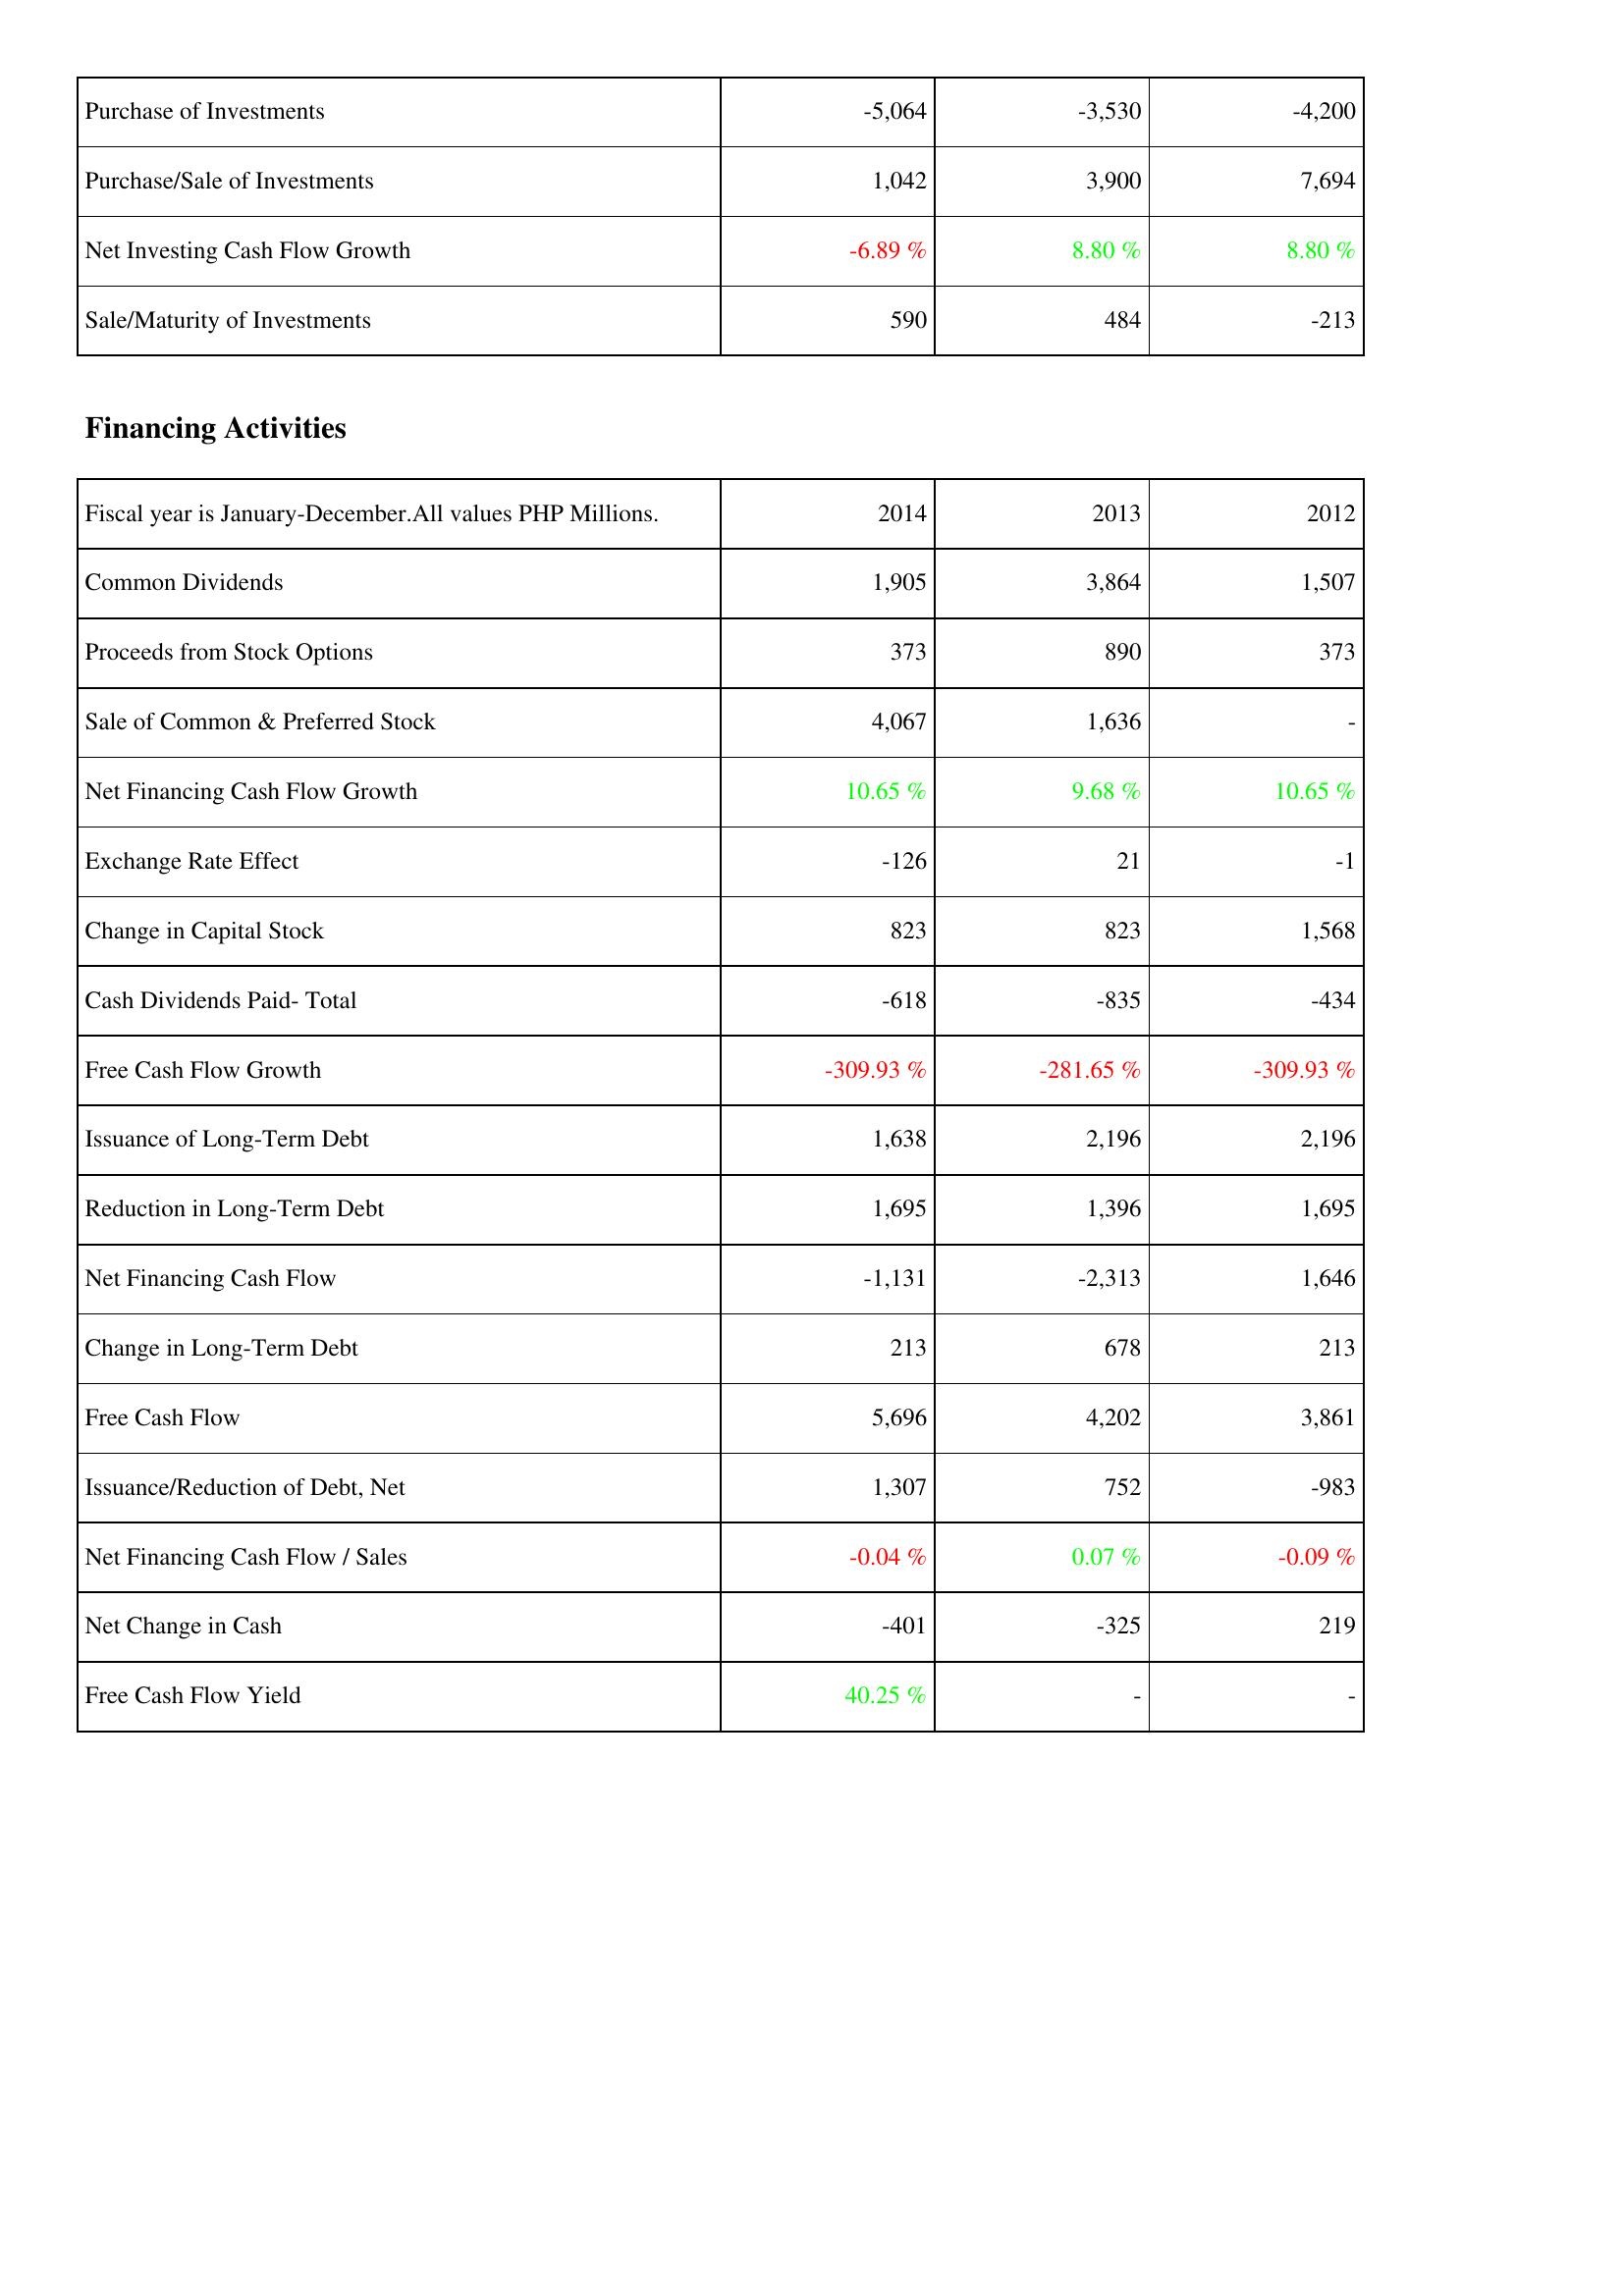
2014: Investing Activities: Purchase of Investments: -5,064
Purchase/Sale of Investments: 1,042
Net Investing Cash Flow Growth: -6.89 %
Sale/Maturity of Investments: 590
Financing Activities: Common Dividends: 1,905
Proceeds from Stock Options: 373
Sale of Common & Preferred Stock: 4,067
Net Financing Cash Flow Growth: 10.65 %
Exchange Rate Effect: -126
Change in Capital Stock: 823
Cash Dividends Paid- Total: -618
Free Cash Flow Growth: -309.93 %
Issuance of Long-Term Debt: 1,638
Reduction in Long-Term Debt: 1,695
Net Financing Cash Flow: -1,131
Change in Long-Term Debt: 213
Free Cash Flow: 5,696
Issuance/Reduction of Debt, Net: 1,307
Net Financing Cash Flow / Sales: -0.04 %
Net Change in Cash: -401
Free Cash Flow Yield: 40.25 %
2013: Investing Activities: Purchase of Investments: -3,530
Purchase/Sale of Investments: 3,900
Net Investing Cash Flow Growth: 8.80 %
Sale/Maturity of Investments: 484
Financing Activities: Common Dividends: 3,864
Proceeds from Stock Options: 890
Sale of Common & Preferred Stock: 1,636
Net Financing Cash Flow Growth: 9.68 %
Exchange Rate Effect: 21
Change in Capital Stock: 823
Cash Dividends Paid- Total: -835
Free Cash Flow Growth: -281.65 %
Issuance of Long-Term Debt: 2,196
Reduction in Long-Term Debt: 1,396
Net Financing Cash Flow: -2,313
Change in Long-Term Debt: 678
Free Cash Flow: 4,202
Issuance/Reduction of Debt, Net: 752
Net Financing Cash Flow / Sales: 0.07 %
Net Change in Cash: -325
Free Cash Flow Yield: -
2012: Investing Activities: Purchase of Investments: -4,200
Purchase/Sale of Investments: 7,694
Net Investing Cash Flow Growth: 8.80 %
Sale/Maturity of Investments: -213
Financing Activities: Common Dividends: 1,507
Proceeds from Stock Options: 373
Sale of Common & Preferred Stock: -
Net Financing Cash Flow Growth: 10.65 %
Exchange Rate Effect: -1
Change in Capital Stock: 1,568
Cash Dividends Paid- Total: -434
Free Cash Flow Growth: -309.93 %
Issuance of Long-Term Debt: 2,196
Reduction in Long-Term Debt: 1,695
Net Financing Cash Flow: 1,646
Change in Long-Term Debt: 213
Free Cash Flow: 3,861
Issuance/Reduction of Debt, Net: -983
Net Financing Cash Flow / Sales: -0.09 %
Net Change in Cash: 219
Free Cash Flow Yield: -